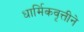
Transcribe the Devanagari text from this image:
धार्मिकवृत्तीने